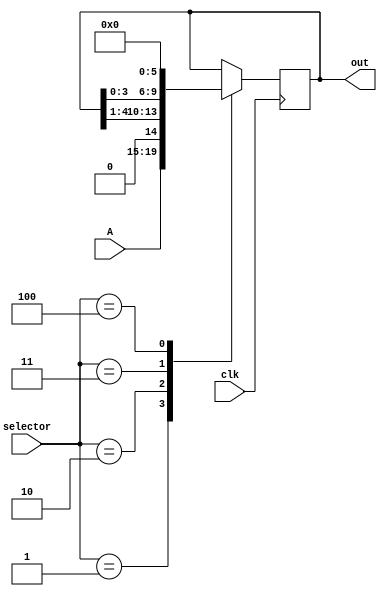
module register(A, selector, clk, out);

	input wire [4:0] A, selector;
	input wire clk;
	output reg [4:0] out;

	parameter
	HOLD = 4'b0000,
	LOAD = 4'b0001,
	SHIFTR = 4'b0010,
	SHIFTL = 4'b0011,
	CLEAR = 4'b0100;
	
	always @ (negedge clk) begin
		case (selector)
			LOAD: out <= A;            // Carrega o valor
			SHIFTR: out <= out >> 1;   // Divide o valor por 2
			SHIFTL: out <= out << 1;   // Multiplica por 2
			CLEAR: out <= 4'b0000;     // Zera o valor
		endcase
	end
	
endmodule